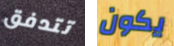
تتدفق يكون